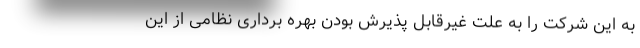
به این شرکت را به علت غیرقابل پذیرش بودن بهره برداری نظامی از این